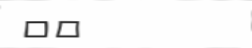
٧٣